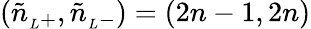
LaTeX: (\tilde{n}_{{}_{L}+},\tilde{n}_{{}_{L}-})=(2n-1,2n)